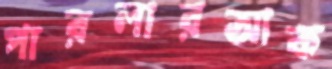
পারলারআক